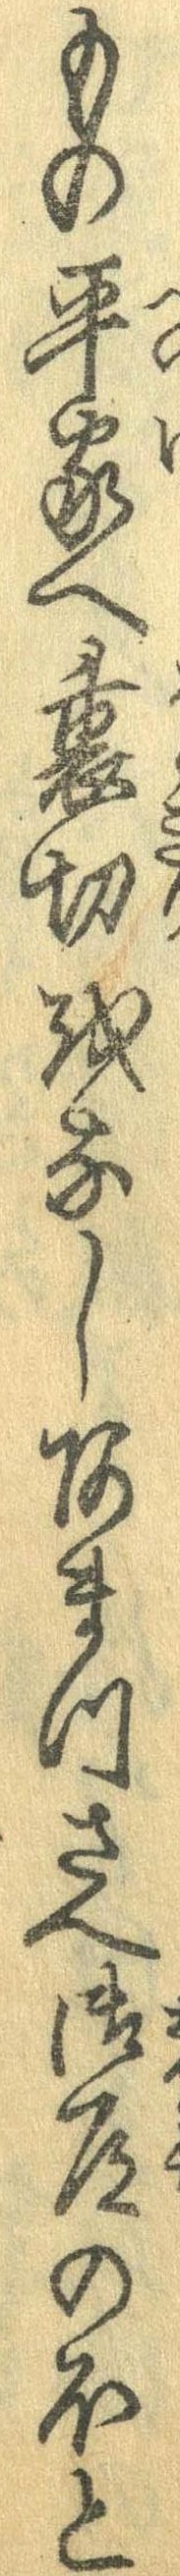
もの平家へ裏切をなしあまつさへ御道のほと